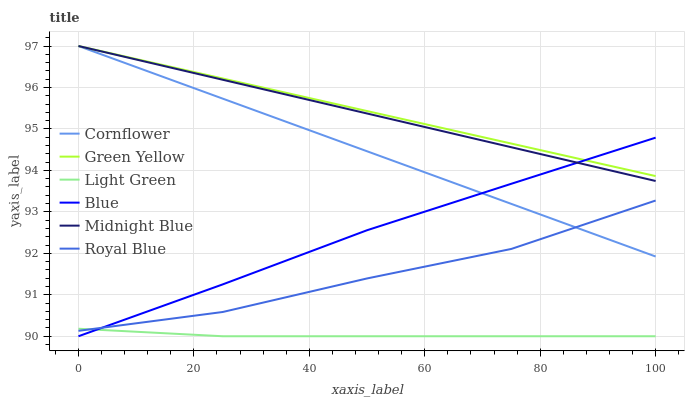
| xaxis_label | Cornflower | Green Yellow | Light Green | Blue | Midnight Blue | Royal Blue |
 | --- | --- | --- | --- | --- | --- | --- |
 | 0 | 97 | 97 | 90.2 | 90 | 97 | 90.1 |
 | 25 | 95.7 | 96.2 | 90 | 91.3 | 96.2 | 90.6 |
 | 50 | 94.5 | 95.4 | 90 | 92.6 | 95.4 | 91.4 |
 | 75 | 93.2 | 94.6 | 90 | 93.7 | 94.6 | 92.1 |
 | 100 | 91.9 | 93.9 | 90 | 94.8 | 93.7 | 93.3 |